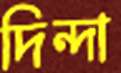
দিন্দা